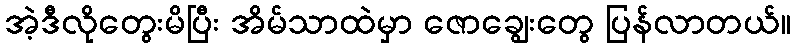
အဲ့ဒီလိုတွေးမိပြီး အိမ်သာထဲမှာ ဇောချွေးတွေ ပြန်လာတယ်။